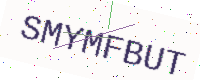
Text: SMYMFBUT